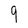
Character: 9